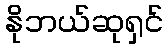
နိုဘယ်ဆုရှင်